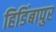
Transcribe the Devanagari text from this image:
हिडिंबापुर